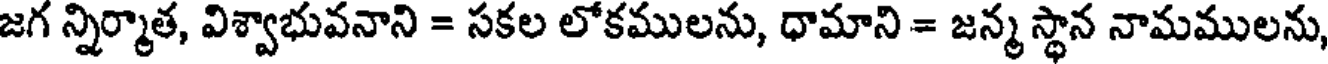
జగ న్నిర్మాత, విశ్వాభువనాని = సకల లోకములను, ధామాని = జన్మ స్థాన నామములను,